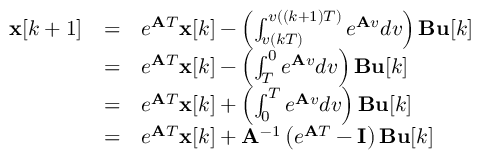
{ \begin{array} { l l l } { \mathbf { x } [ k + 1 ] } & { = } & { e ^ { \mathbf { A } T } \mathbf { x } [ k ] - \left( \int _ { v ( k T ) } ^ { v ( ( k + 1 ) T ) } e ^ { \mathbf { A } v } d v \right) \mathbf { B } \mathbf { u } [ k ] } \\ & { = } & { e ^ { \mathbf { A } T } \mathbf { x } [ k ] - \left( \int _ { T } ^ { 0 } e ^ { \mathbf { A } v } d v \right) \mathbf { B } \mathbf { u } [ k ] } \\ & { = } & { e ^ { \mathbf { A } T } \mathbf { x } [ k ] + \left( \int _ { 0 } ^ { T } e ^ { \mathbf { A } v } d v \right) \mathbf { B } \mathbf { u } [ k ] } \\ & { = } & { e ^ { \mathbf { A } T } \mathbf { x } [ k ] + \mathbf { A } ^ { - 1 } \left( e ^ { \mathbf { A } T } - \mathbf { I } \right) \mathbf { B } \mathbf { u } [ k ] } \end{array} }